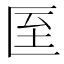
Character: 𭅙